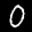
Label: 0